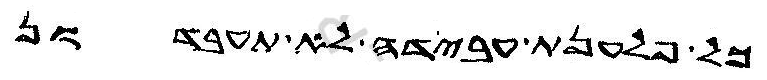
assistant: כל פלענת עבידה לא תעבדון